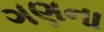
ગણના